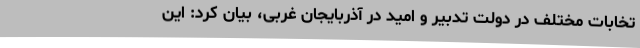
تخابات مختلف در دولت تدبیر و امید در آذربایجان غربی، بیان کرد: این